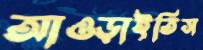
আওড়াইতিস